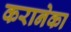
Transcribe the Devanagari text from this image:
करानेका